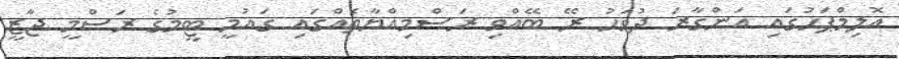
އޮލިމްޕަހުގައި އަންގާރަ ދުވަހު ރޭ ބޭއްވި ރަސްމިއްޔާތެއްގައި ގައުމީ ޓީމުގެ ރަސްމީ ޖާޒީ